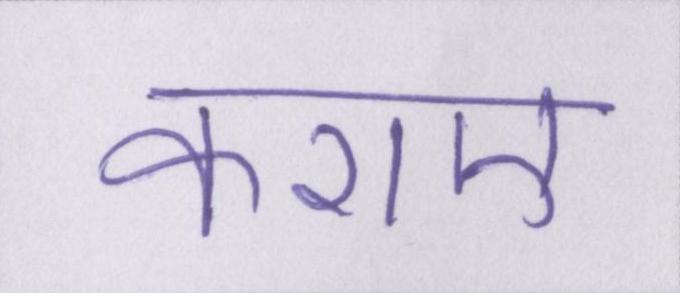
कराए